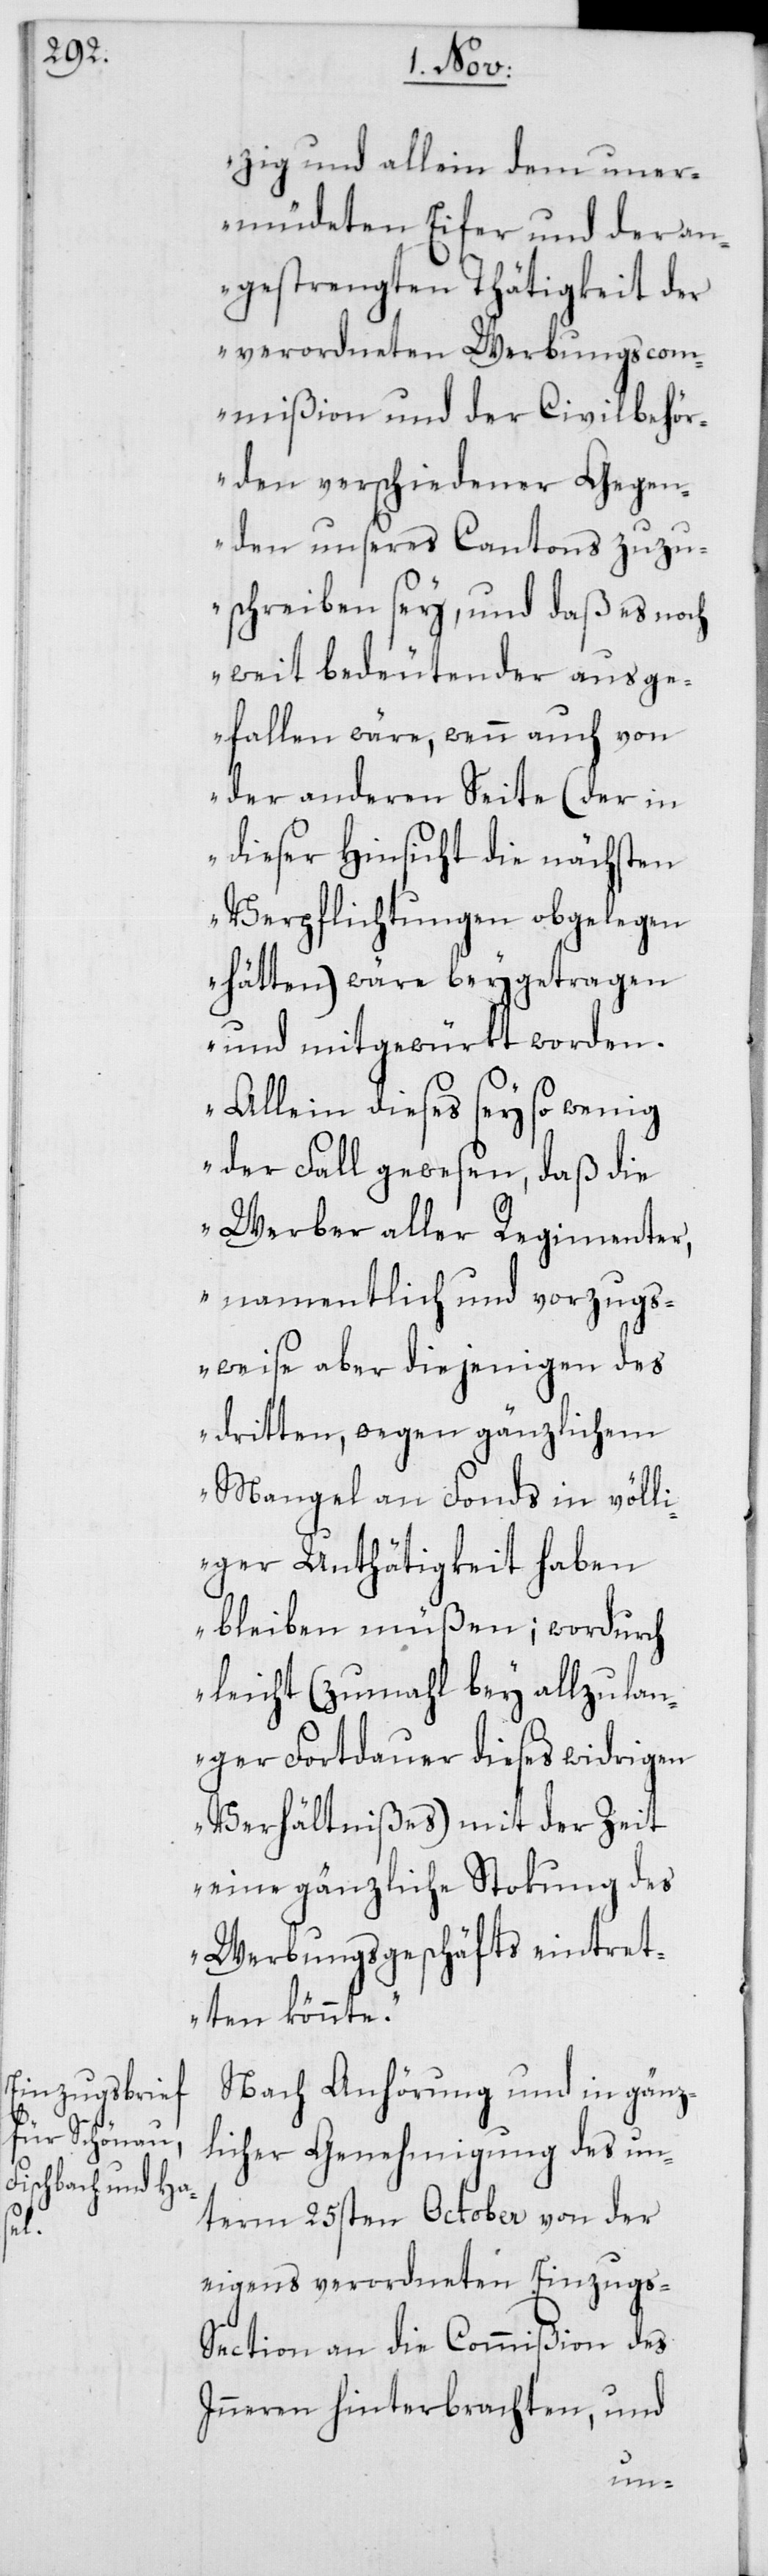
zig und allein dem uner¬
müdeten Eifer und der an¬
gestrengten Thätigkeit der
verordneten Werbungscom¬
mißion und der Civilbehör¬
den verschiedener Gegen¬
den unseres Cantons zuzu¬
schreiben sey, und daß es noch
weit bedeutender ausge¬
fallen wäre, wenn auch von
der anderen Seite (der in
dieser Hinsicht die nächsten
Verpflichtungen obgelegen
hätten) wäre beygetragen
und mitgewürkt worden.
Allein dieses sey so wenig
der Fall gewesen, daß die
Werber aller Regimenter,
namentlich und vorzugs¬
weise aber diejenigen des
dritten, wegen gänzlichem
Mangel an Fonds in völli¬
ger Unthätigkeit haben
bleiben müßen; wordurch
leicht (zumahl bey allzu lan¬
ger Fortdauer dieses widrigen
Verhältnißes) mit der Zeit
eine gänzliche Stokung des
Werbungsgeschäfts eintret¬
ten könnte“.
Nach Anhörung und in gänz¬
licher Genehmigung des un¬
term 25sten October von der
eigens verordneten Einzugs-S¬
ection an die Commißion des
Inneren hinterbrachten, und